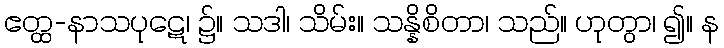
ဧတ္ထ-နာသပုဋေ၊ ၌။ သဒါ၊ သိမ်း။ သန္နိစိတာ၊ သည်။ ဟုတွာ၊ ၍။ န